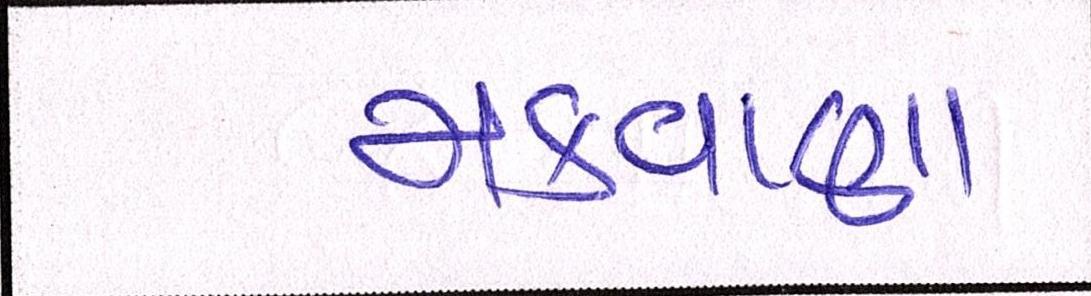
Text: મકવાણાને